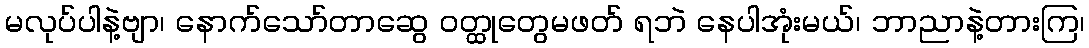
မလုပ်ပါနဲ့ဗျာ၊ နောက်သော်တာဆွေ ဝတ္ထုတွေမဖတ် ရဘဲ နေပါအုံးမယ်၊ ဘာညာနဲ့တားကြ၊